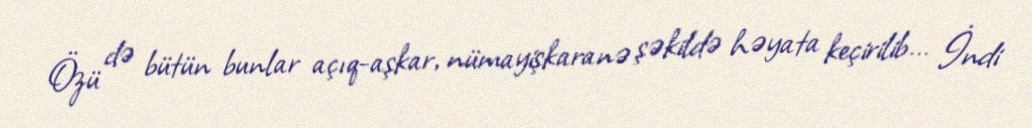
Özü də bütün bunlar açıq-aşkar, nümayişkaranə şəkildə həyata keçirilib... İndi